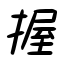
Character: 握